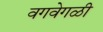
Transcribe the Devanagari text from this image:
वगवेगळी